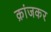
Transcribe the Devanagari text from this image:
क्रांजकर